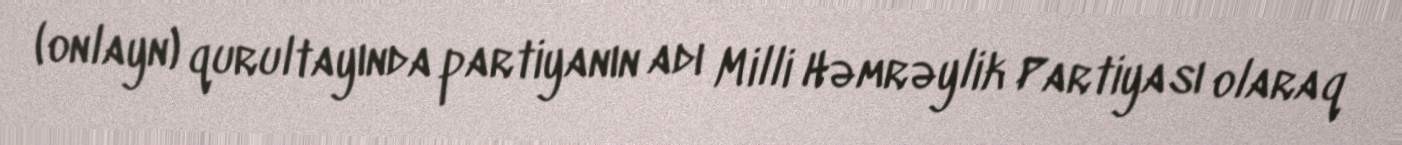
(onlayn) qurultayında partiyanın adı Milli Həmrəylik Partiyası olaraq